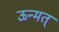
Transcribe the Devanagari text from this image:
ऊन्मत्